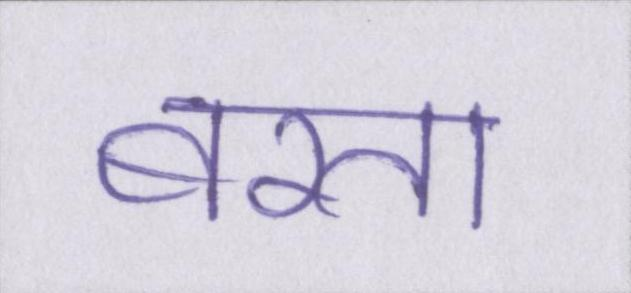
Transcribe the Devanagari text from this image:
बरता